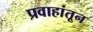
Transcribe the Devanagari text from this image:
प्रवाहांतून